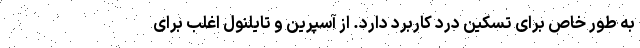
به طور خاص برای تسکین درد کاربرد دارد. از آسپرین و تایلنول اغلب برای